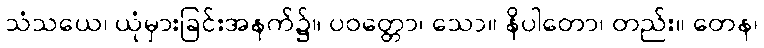
သံသယေ၊ ယုံမှားခြင်းအနက်၌။ ပဝတ္တော၊ သော။ နိပါတော၊ တည်း။ တေန၊